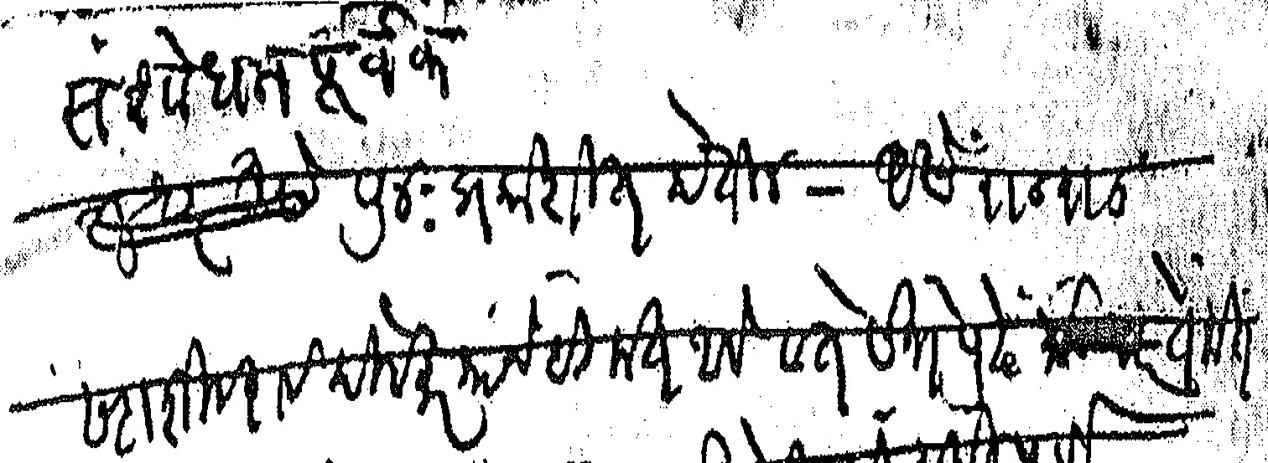
Transliteration (Devanagari): संशोधनपूर्वक पुनःप्रकाशित होतील असे रा रा सदाशिवराव दिवेकर यांचेही मत आहे व ते सभेपुढे ते मत